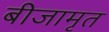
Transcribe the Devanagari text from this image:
बीजामृत